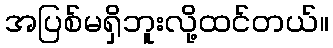
အပြစ်မရှိဘူးလို့ထင်တယ်။